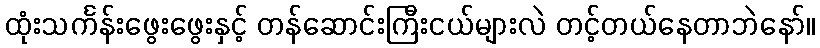
ထုံးသင်္ကန်းဖွေးဖွေးနှင့် တန်ဆောင်းကြီးငယ်များလဲ တင့်တယ်နေတာဘဲနော်။